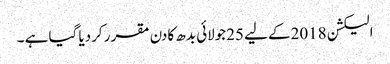
الیکشن 2018کے لیے 25جولائی بدھ کادن مقرر کردیا گیا ہے ۔